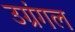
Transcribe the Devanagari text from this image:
उग्रंंगल